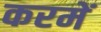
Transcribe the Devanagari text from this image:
करमें